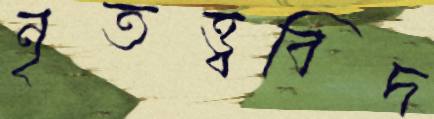
নৃতত্ত্ববিদ